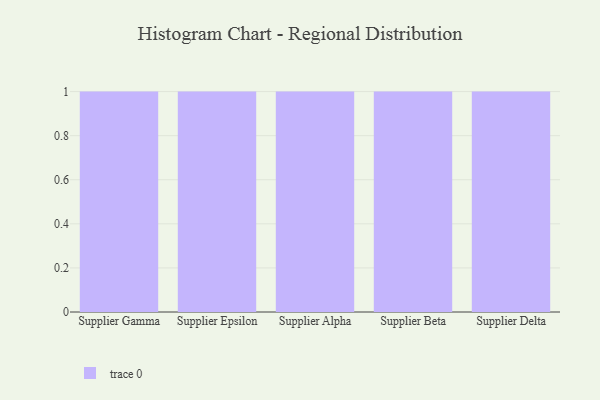
{"axis": {"x": "Supplier", "y": "Backlog"}, "legend": [""], "data": [{"x": "Supplier Gamma", "y": 27, "type": ""}, {"x": "Supplier Epsilon", "y": 30, "type": ""}, {"x": "Supplier Alpha", "y": 74, "type": ""}, {"x": "Supplier Beta", "y": 6, "type": ""}, {"x": "Supplier Delta", "y": 42, "type": ""}]}